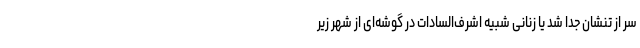
سر از تنشان جدا شد یا زنانی شبیه اشرف‌السادات در گوشه‌ای از شهر زیر